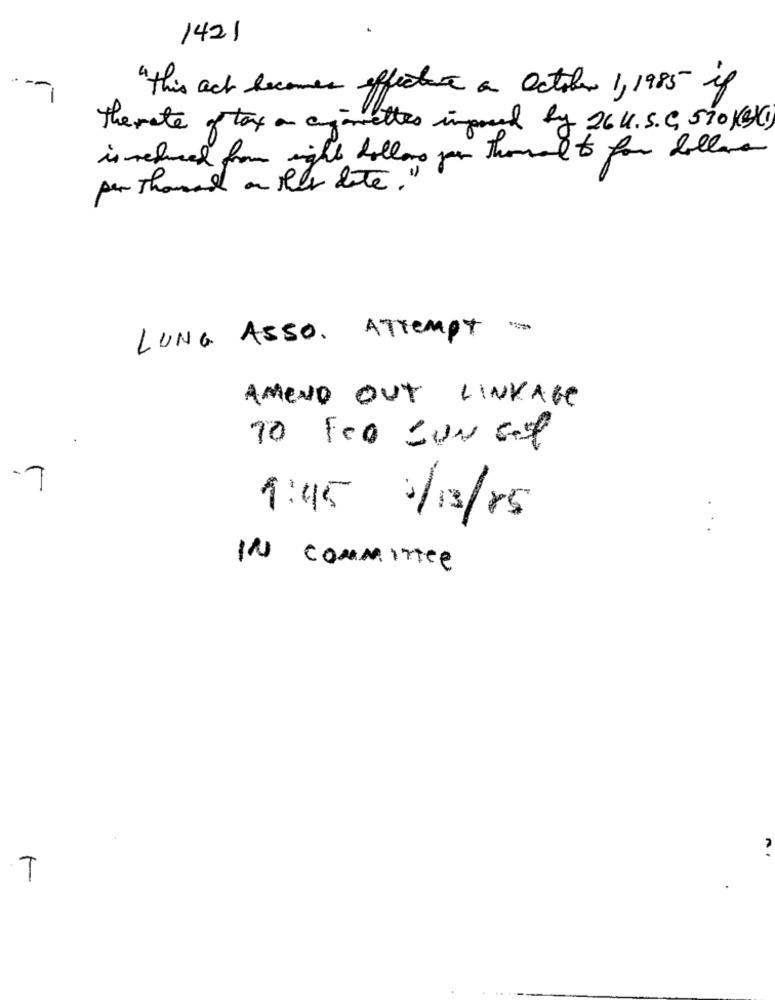
1421
"this act becomes effectue a October 1, 1985 if
the rate of tax an agomettes imposed by 26 U.S.C. 570 KgXi)
is returned from right dollars per thousand to for dollars
per thousand an ser lite."
LUNG ASSO. ATTEMPT >
AMENO OUT LINKAGE
TO Foo =UN 6-7
-7
1:45 1/13/85
IN comMITTee
T